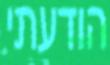
הודעתי